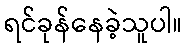
ရင်ခုန်နေခဲ့သူပါ။